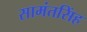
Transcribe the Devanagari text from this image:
सामंतसिंह